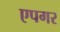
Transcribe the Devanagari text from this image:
एपगर